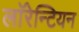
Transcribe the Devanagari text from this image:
लाॅरेन्टियन